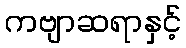
ကဗျာဆရာနှင့်